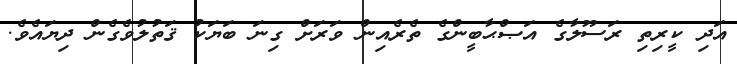
އަދި ކީރިތި ރަސޫލާގެ އަޞްޙާބީންގެ ތެރެއިން ވަރަށް ގިނަ ބަޔަކު ޤަތުލުވެގެން ދިޔައެވެ.